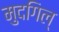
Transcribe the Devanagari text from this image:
मुदगिल्